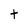
Character: t